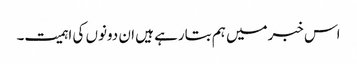
اس خبرمیں ہم بتارہے ہیں ان دونوں کی اہمیت۔